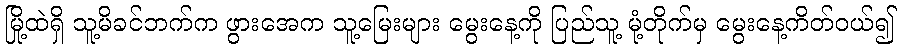
မြို့ထဲရှိ သူ့မိခင်ဘက်က ဖွားအေက သူ့မြေးများ မွေးနေ့ကို ပြည်သူ့ မုံ့တိုက်မှ မွေးနေ့ကိတ်ဝယ်၍